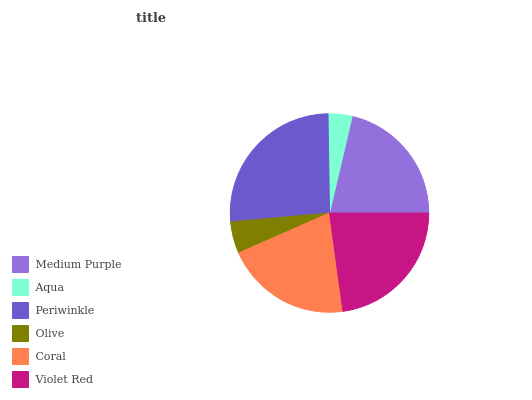
| Medium Purple | Aqua | Periwinkle | Olive | Coral | Violet Red |
 | --- | --- | --- | --- | --- | --- |
 | 21.3% | 3.9% | 26.3% | 5.16% | 20.5% | 22.8% |